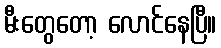
မီးတွေတော့ လောင်နေပြီ။